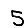
Digit: 5